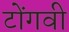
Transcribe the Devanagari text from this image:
टोंगवी